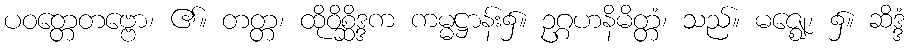
ပဝတ္တေတဗ္ဗော၊ ၏။ တတ္တ၊ ထိုဝိစ္ဆိဒ္ဒက ကမ္မဋ္ဌာန်း၌။ ဥဂ္ဂဟနိမိတ္တံ၊ သည်။ မဇ္ဈေ၊ ၌။ ဆိဒ္ဒံ